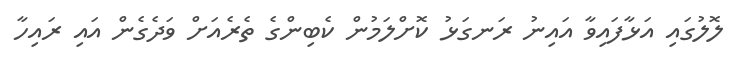
ލޮލުގައި އަޅާފައިވާ އައިނު ރަނގަޅު ކޮށްލަމުން ކެބިންގެ ތެރެއަށް ވަދެގެން އައި ރައިހާ